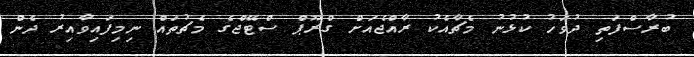
ބުރާސްފަތި ދުވަހު ކުޅުނު މެޗާއެކު ރާއްޖެއަށް ގްރޫޕް ސްޓޭޖްގެ މެޗުތައް ނިމިފައިވާއިރު ދެން